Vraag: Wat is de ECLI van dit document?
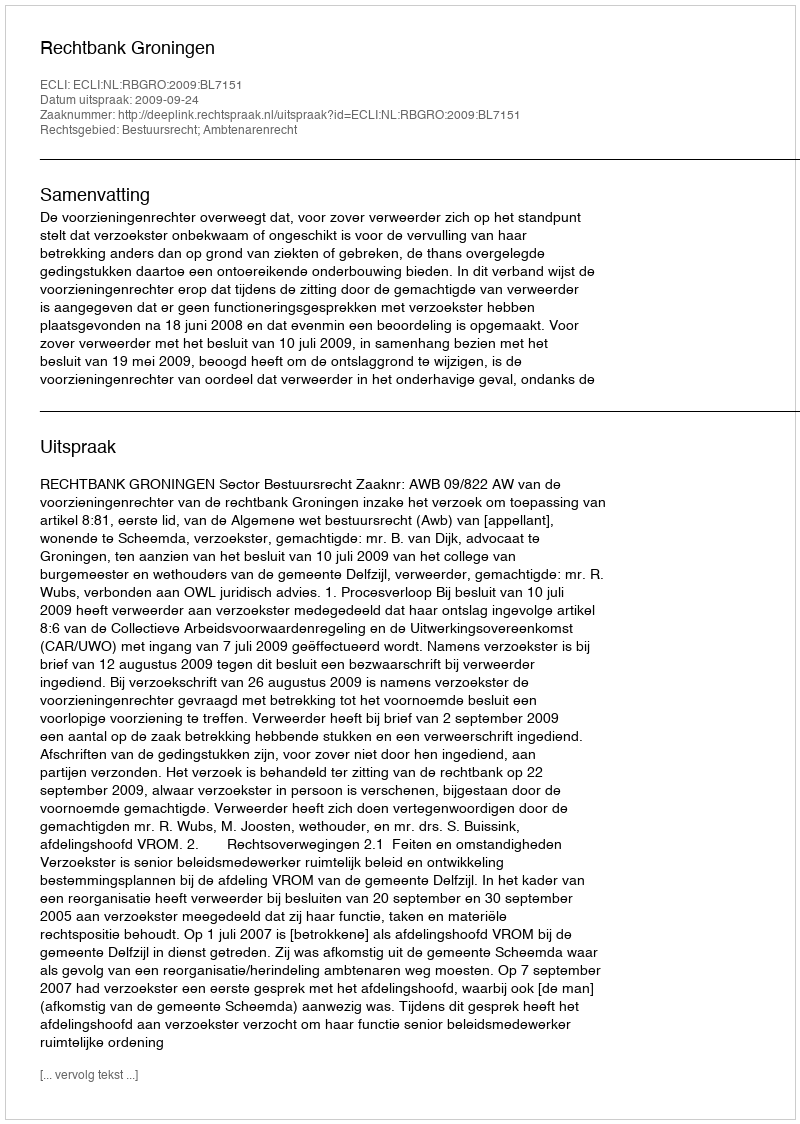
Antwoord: ECLI:NL:RBGRO:2009:BL7151